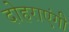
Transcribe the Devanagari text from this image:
दोहराएंगी